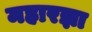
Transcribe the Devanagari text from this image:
महारज्ञा